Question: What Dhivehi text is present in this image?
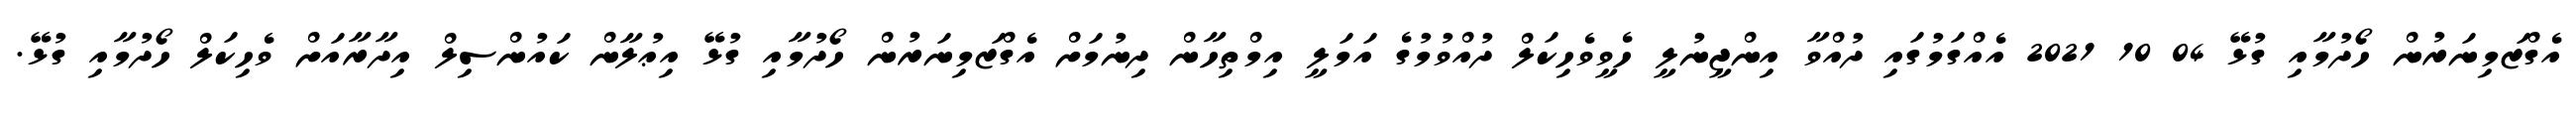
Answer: އެގްޒަމިނަރުން ހޯދުމާއި ގުޅޭ 04 10 2021 އެއްގަމުގައި ދުއްވާ އިންޖީނުލީ ހެވީވެހިކަލް ދުއްވުމުގެ އަމަލީ އިމްތިހާން ދިނުމަށް އެގްޒަމިނަރުން ހޯދުމާއި ގުޅޭ އިޢުލާން ކައުންސިލް އިދާރާއަށް ވެހިކަލް ހޯދުމާއި ގުޅޭ.